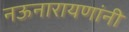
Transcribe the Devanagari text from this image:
नऊनारायणांनी